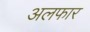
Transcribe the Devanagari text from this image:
अलफार